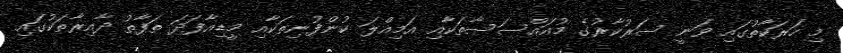
މި ހަރަކާތުގައި ވަނީ ސަރުކާރުގެ މުއައްސަސާތަކާއި އަމިއްލަ ކުންފުނިތަކާއި މީޑިއާފަދަ ތަފާތު ދާއިރާތަކުގައި